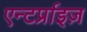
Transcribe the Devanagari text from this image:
एन्टर्प्राइज़